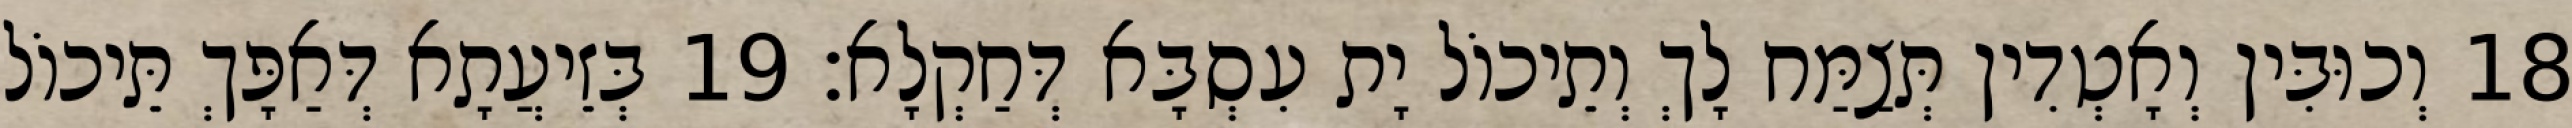
18 וְכוּבִּין וְאָטְדִין תְּצַמַּח לָךְ וְתֵיכוֹל יָת עִסְבָּא דְּחַקְלָא׃ 19 בְּזֵיעֲתָא דְּאַפָּךְ תֵּיכוֹל